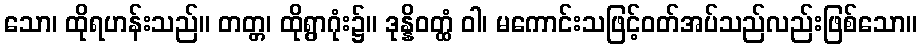
သော၊ ထိုရဟန်းသည်။ တတ္တ၊ ထိုရွာဂုံး၌။ ဒုန္နိဝတ္ထံ ဝါ၊ မကောင်းသဖြင့်ဝတ်အပ်သည်လည်းဖြစ်သော။